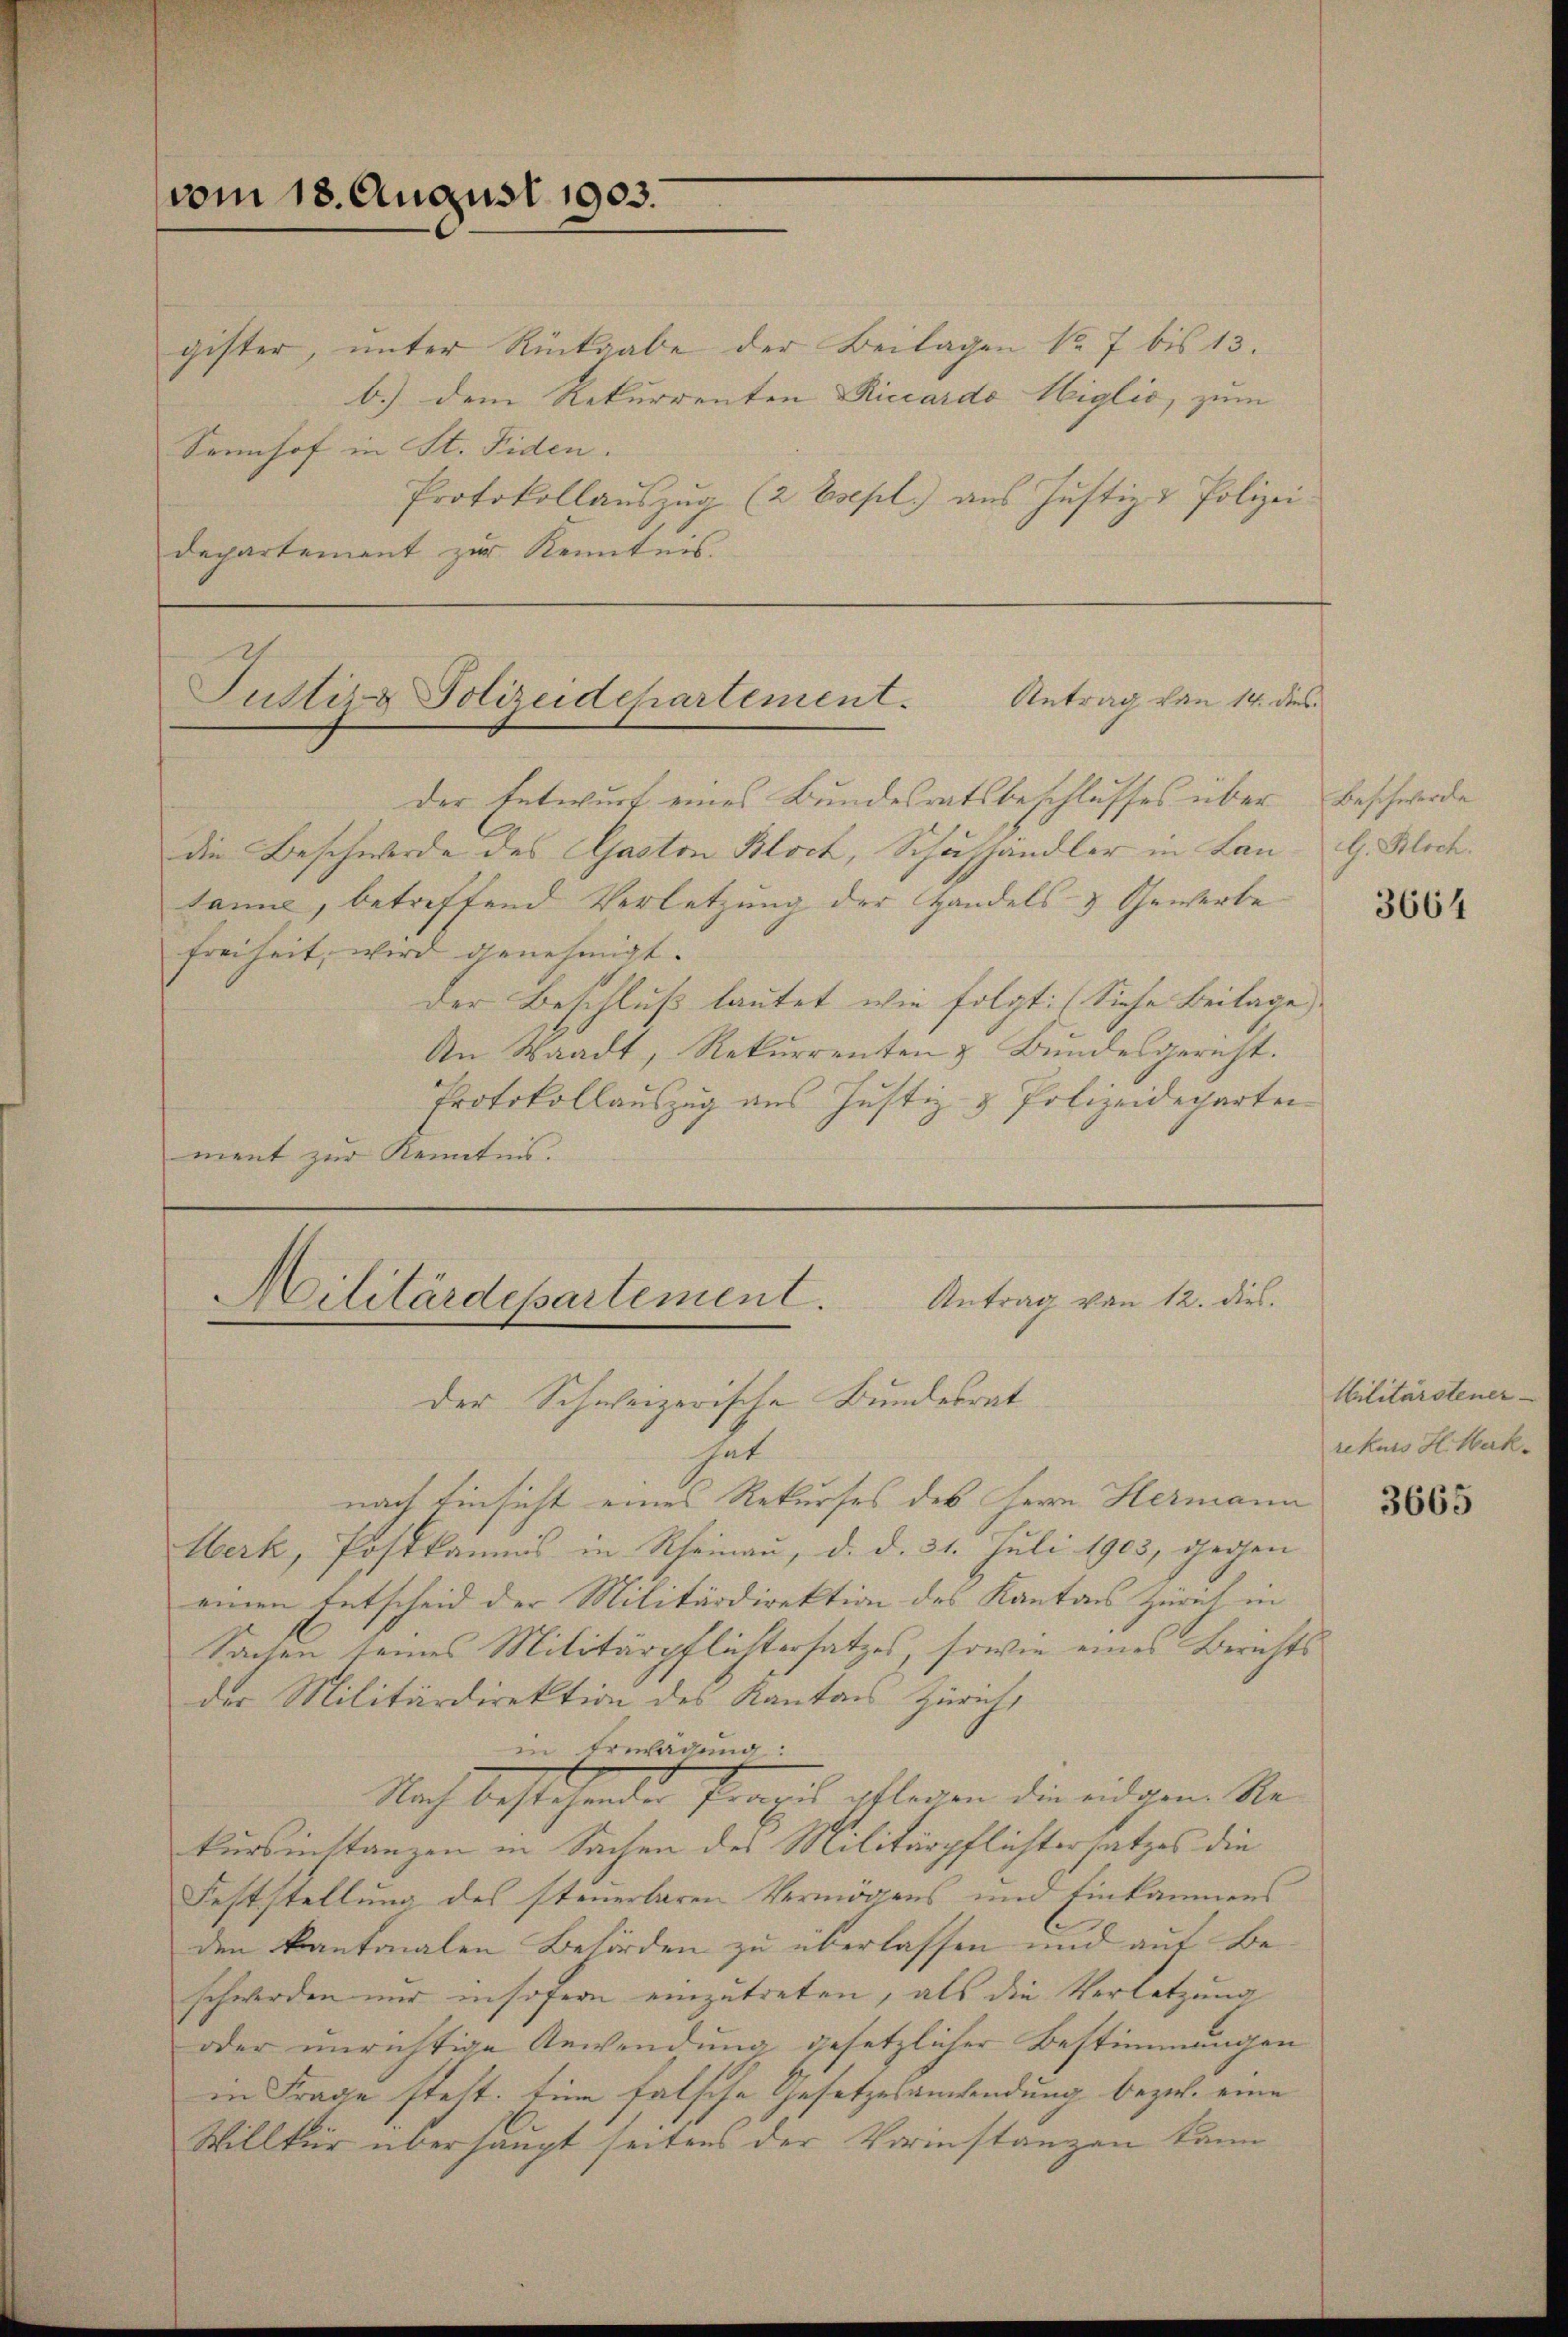
vom 18. August 1903.

gister, unter Rückgabe der Beilagen Nr. 7 bis 13.
b.) dem Rekurrenten Miccardo Wiglio, zum
Sennhof in St. Fiden.
Protokollauszug (2 Esepl) aus Justiz & Polizei
departement zur Kenntnis.

der Entwurf eines Bundesratsbeschlusses über Beschwerde
die Beschwerde des Gaston Bloch, Schushandler in Lan
tanne, betreffend Verletzung der Handels- & Gewerbe
freiheit, wird genehmigt.
Der Beschluß lautet, wie folgt: (Siehe Beilage
An Waadt, Rekurrenten & Bundesgericht.
Protokollauszug aus Justiz & Polizeidepartei
ment zur Kenntnis.

Antrag von 14. dies
Justiz & Polizeidchartement.

Militärdepartement. Antrag von 12. dies
Der Schweizerische Bundesrat

get
nach Einsicht eines Rekurses des Herrn Hermann
Werk, Postkamms in Rheinau, d. d. 31. Juli 1903, gegen
einen Entscheid der Militärdirektion des Kantons Zürich in
Sachen seines Militärpflichtersatzes, sowie eines Berichts
der Militärdirektion des Kantons Zürich,
in Erwägung:
Nach bestehenden Praxis ablegen die eidgen. Se
kursinstanzen in Sachen des Militärpflichtersatzes die
Feststellung des steuerbaren Vermögens und Einkammens
den kantonalen Behörden zu überlassen und auf Beschwerden und insofern einzutreten, als die Verletzung
oder unrichtige Anwendung gesetzlicher Bestimmungen
in Frage steht. Eine falsche Gesetzesanwendung bezw. eine
Willkür überhaupt seitens der Vorinstanzen kann

G. Bloch.

3664

Militärstener
rekurs H. Merk-

3665